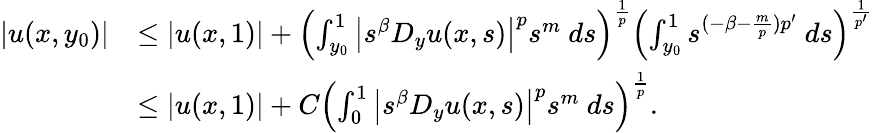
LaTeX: \begin{array}{rl}{|u(x,y_{0})|}&{\leq|u(x,1)|+\left(\int_{y_{0}}^{1}\left|s^{\beta}D_{y}u(x,s)\right|^{p}s^{m}\ ds\right)^{\frac 1p}\left(\int_{y_{0}}^{1}s^{(-\beta-\frac mp)p^{\prime}}\ ds\right)^{\frac 1{p^{\prime}}}}\\ &{\leq|u(x,1)|+C\left(\int_{0}^{1}\left|s^{\beta}D_{y}u(x,s)\right|^{p}s^{m}\ ds\right)^{\frac 1p}.}\end{array}